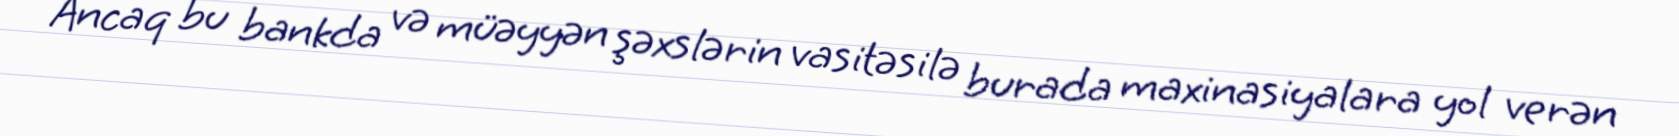
Ancaq bu bankda və müəyyən şəxslərin vasitəsilə burada maxinasiyalara yol verən